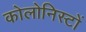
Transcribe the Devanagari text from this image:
कोलोनिस्टों